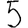
Digit: 5